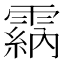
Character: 𩄵